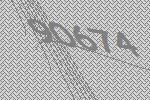
90674